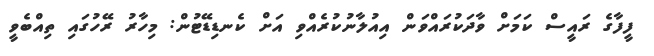
ފީފާގެ ރައީސް ކަމަށް ވާދަކުރައްވަން އިއުލާނުކުރެއްވި އަށް ކެނޑިޑޭޓުން: މިހާރު ރޭހުގައި ތިއްބެވީ